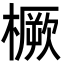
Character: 橛